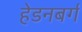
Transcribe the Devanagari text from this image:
हेडनबर्ग